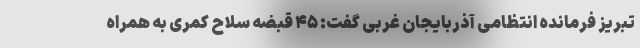
تبریز فرمانده انتظامی آذربایجان غربی گفت: ۴۵ قبضه سلاح کمری به همراه